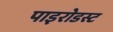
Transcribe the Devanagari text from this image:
पाइरोडस्ट